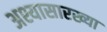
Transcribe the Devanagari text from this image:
अश्यासारख्या